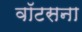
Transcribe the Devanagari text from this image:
वॉटसना